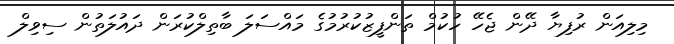
މިލިއަން ރުފިޔާ ދޭން ޖެހޭ ހުކުމް ތަންފީޒުކުރުމުގެ މައްސަލަ ބާތިލްކުރަން ދައުލަތުން ސިވިލް